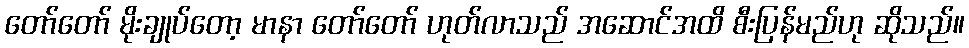
တော်တော် မိုးချုပ်တော့ မာနာ တော်တော် ဟုတ်လာသည် အဆောင်အထိ စီးပြန်မည်ဟု ဆိုသည်။